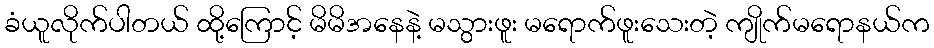
ခံယူလိုက်ပါတယ် ထို့ကြောင့် မိမိအနေနဲ့ မသွားဖူး မရောက်ဖူးသေးတဲ့ ကျိုက်မရောနယ်က